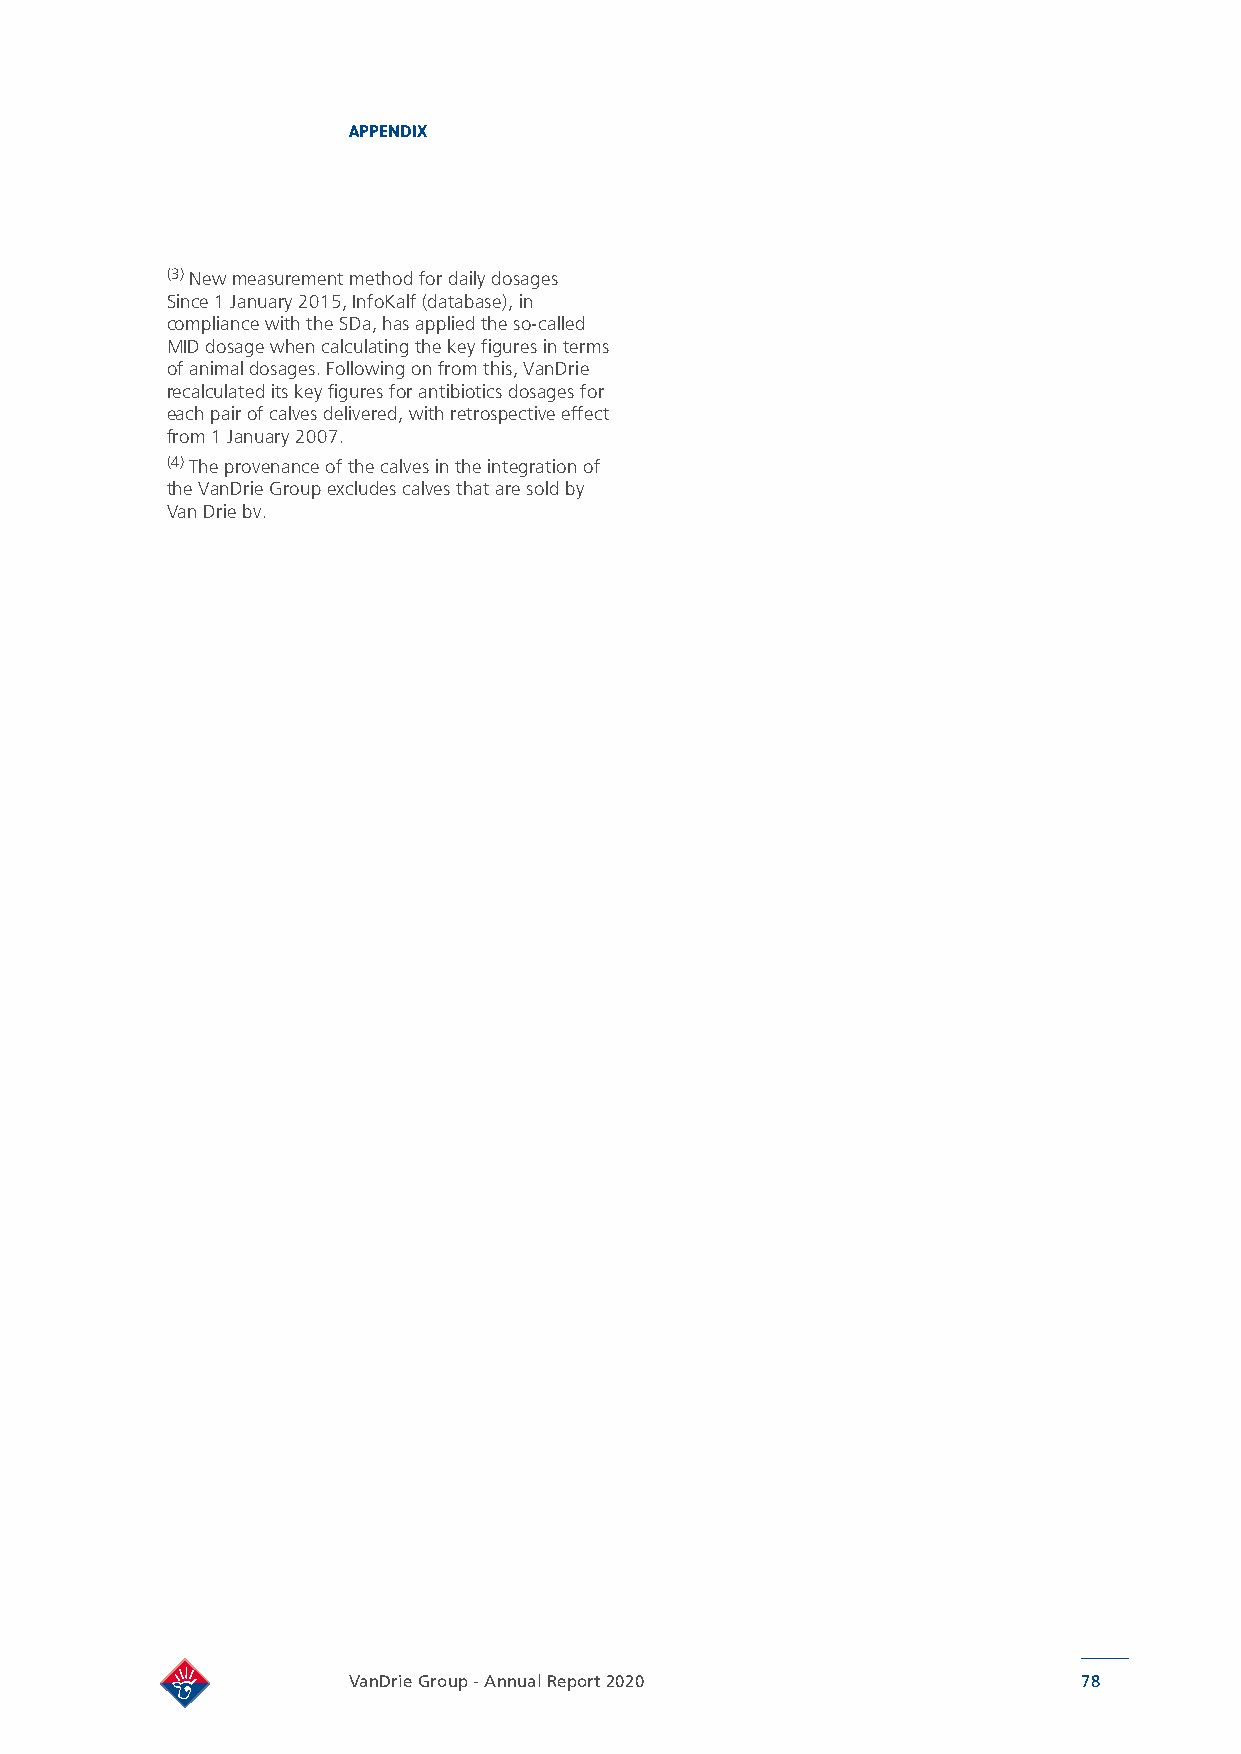
APPENDIX
 (3) New measurement method for daily dosages
 Since 1 January 2015, InfoKalf (database), in
 compliance with the SDa, has applied the so-called
 MID dosage when calculating the key figures in terms
 of animal dosages. Following on from this, VanDrie
 recalculated its key figures for antibiotics dosages for
 each pair of calves delivered, with retrospective effect
 from 1 January 2007.
 (4) The provenance of the calves in the integration of
 the VanDrie Group excludes calves that are sold by
 Van Drie bv.
 VanDrie Group - Annual Report 2020               78